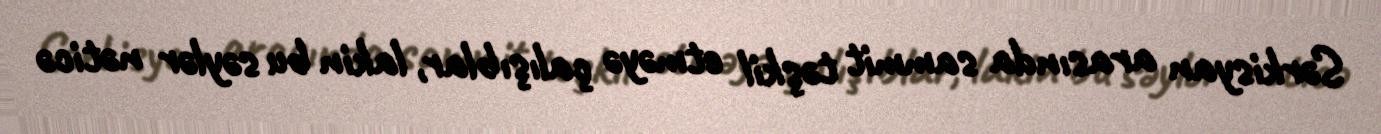
Sərkisyan arasında sammit təşkil etməyə çalışıblar, lakin bu səylər nəticə